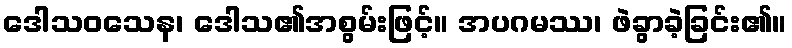
ဒေါသဝသေန၊ ဒေါသ၏အစွမ်းဖြင့်။ အပဂမဿ၊ ဖဲခွာခဲ့ခြင်း၏။